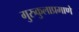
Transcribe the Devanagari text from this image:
गुरुकुलाप्रमाणे